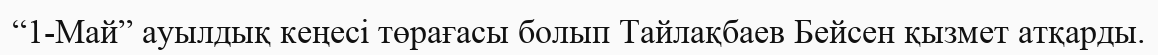
“1-Май” ауылдық кеңесі төрағасы болып Тайлақбаев Бейсен қызмет атқарды.